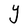
Character: Y